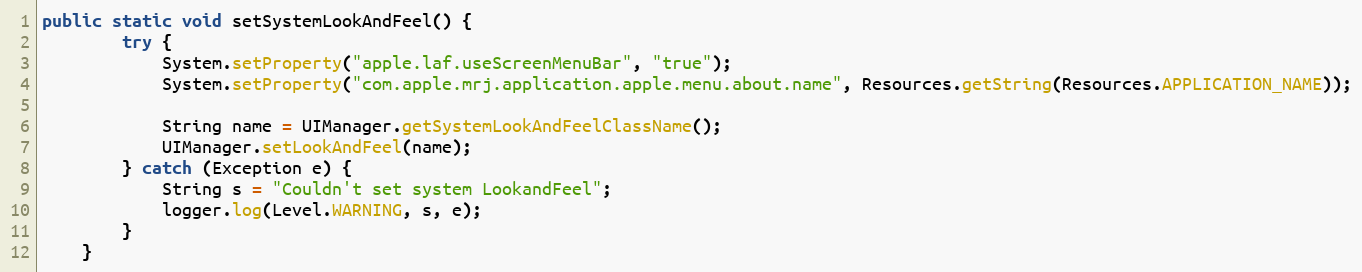
Language: Java
public static void setSystemLookAndFeel() {
		try {
			System.setProperty("apple.laf.useScreenMenuBar", "true");
			System.setProperty("com.apple.mrj.application.apple.menu.about.name", Resources.getString(Resources.APPLICATION_NAME));

			String name = UIManager.getSystemLookAndFeelClassName();
			UIManager.setLookAndFeel(name);
		} catch (Exception e) {
			String s = "Couldn't set system LookandFeel";
			logger.log(Level.WARNING, s, e);
		}
	}